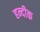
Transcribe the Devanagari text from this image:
हन्दीक